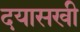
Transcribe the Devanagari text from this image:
दयासखी